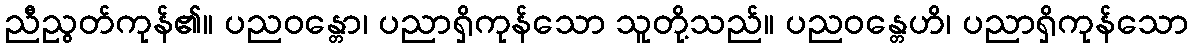
ညီညွတ်ကုန်၏။ ပညဝန္တော၊ ပညာရှိကုန်သော သူတို့သည်။ ပညဝန္တေဟိ၊ ပညာရှိကုန်သော